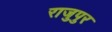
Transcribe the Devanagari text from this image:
राजुपुर